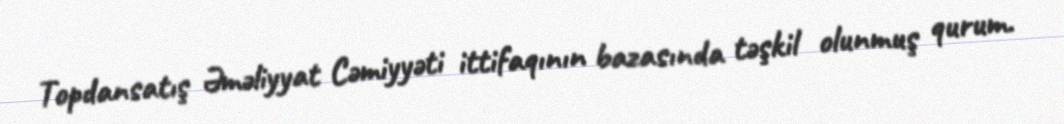
Topdansatış Əməliyyat Cəmiyyəti ittifaqının bazasında təşkil olunmuş qurum.